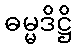
ဓမ္မဒိဋ္ဌိ